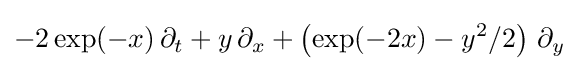
-2\exp(-x)\,\partial _{t}+y\,\partial _{x}+\left(\exp(-2x)-y^{2}/2\right)\,\partial _{y}